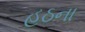
હઠના